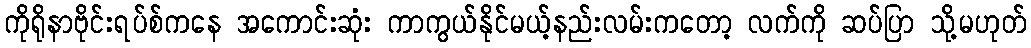
ကိုရိုနာဗိုင်းရပ်စ်ကနေ အကောင်းဆုံး ကာကွယ်နိုင်မယ့်နည်းလမ်းကတော့ လက်ကို ဆပ်ပြာ သို့မဟုတ်